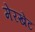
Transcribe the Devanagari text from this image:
मेरखेट